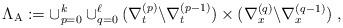
LaTeX: \begin{align*}\Lambda_{\mathrm{A}}:= \cup_{p=0}^k \cup_{q=0}^{\ell} (\nabla_t^{(p)} \backslash \nabla_t^{(p-1)}) \times (\nabla_x^{(q)} \backslash \nabla_x^{(q-1)})\;,\end{align*}